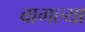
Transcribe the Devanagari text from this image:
वागल्या